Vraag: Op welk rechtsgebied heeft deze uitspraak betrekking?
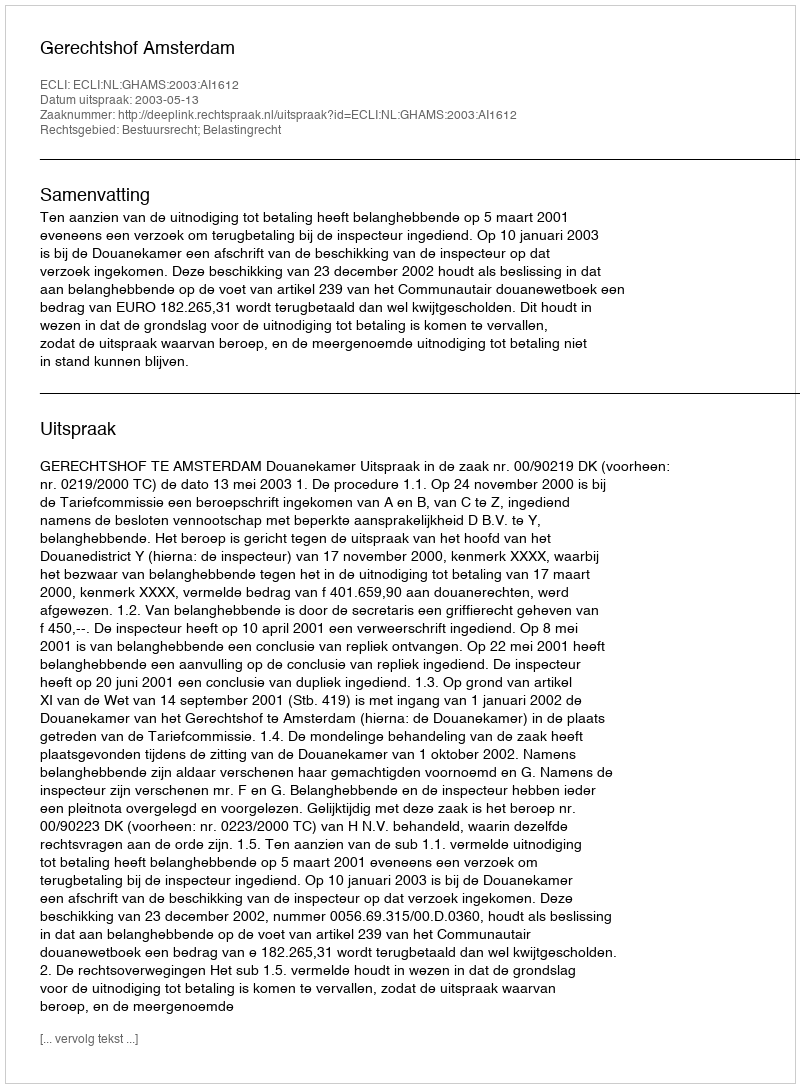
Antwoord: Bestuursrecht; Belastingrecht